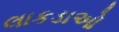
લાકડાઓ